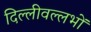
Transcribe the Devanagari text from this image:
दिल्लीवल्लभों